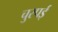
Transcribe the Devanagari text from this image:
चुरपई